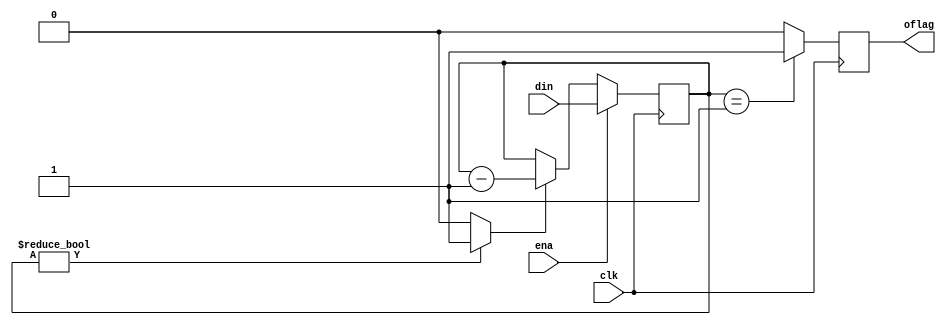
module counter(clk, din, ena, oflag);
input clk;
input [5:0] din;
input ena;
output reg oflag;
reg [5:0] cnt;

wire run_cnt;

assign run_cnt = (cnt!=0)?1'b1: 1'b0;

always@(posedge clk) begin
    // if(run_cnt) begin
    //     //udpate cnt
    //     cnt <= cnt-1;
    // end
    // else if(ena) begin
    //     // initialize the new din
    //     cnt <= din;
    // end
    if(ena) begin
        cnt <= din;
        
    end
    else if(run_cnt) begin
        // initialize the new din
        cnt <= cnt-1;
    end
end

always@(posedge clk)begin
    if(cnt == 1) begin
        oflag <= 1'b1;
    end
    else begin
        oflag <= 1'b0;
    end
end

// Dummy
// always@(*) begin
// a = b + c;
// d = a + h;   // b + c + h 
//end
endmodule